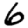
Digit: 6